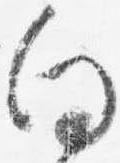
向